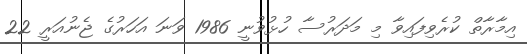
އިމާރާތް ކުރެވިފައިވާ މި މަދަރުސާ ހުޅުވުނީ 1986 ވަނަ އަހަރުގެ ޖެނުއަރީ 22